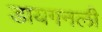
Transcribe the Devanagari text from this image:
डायगनली